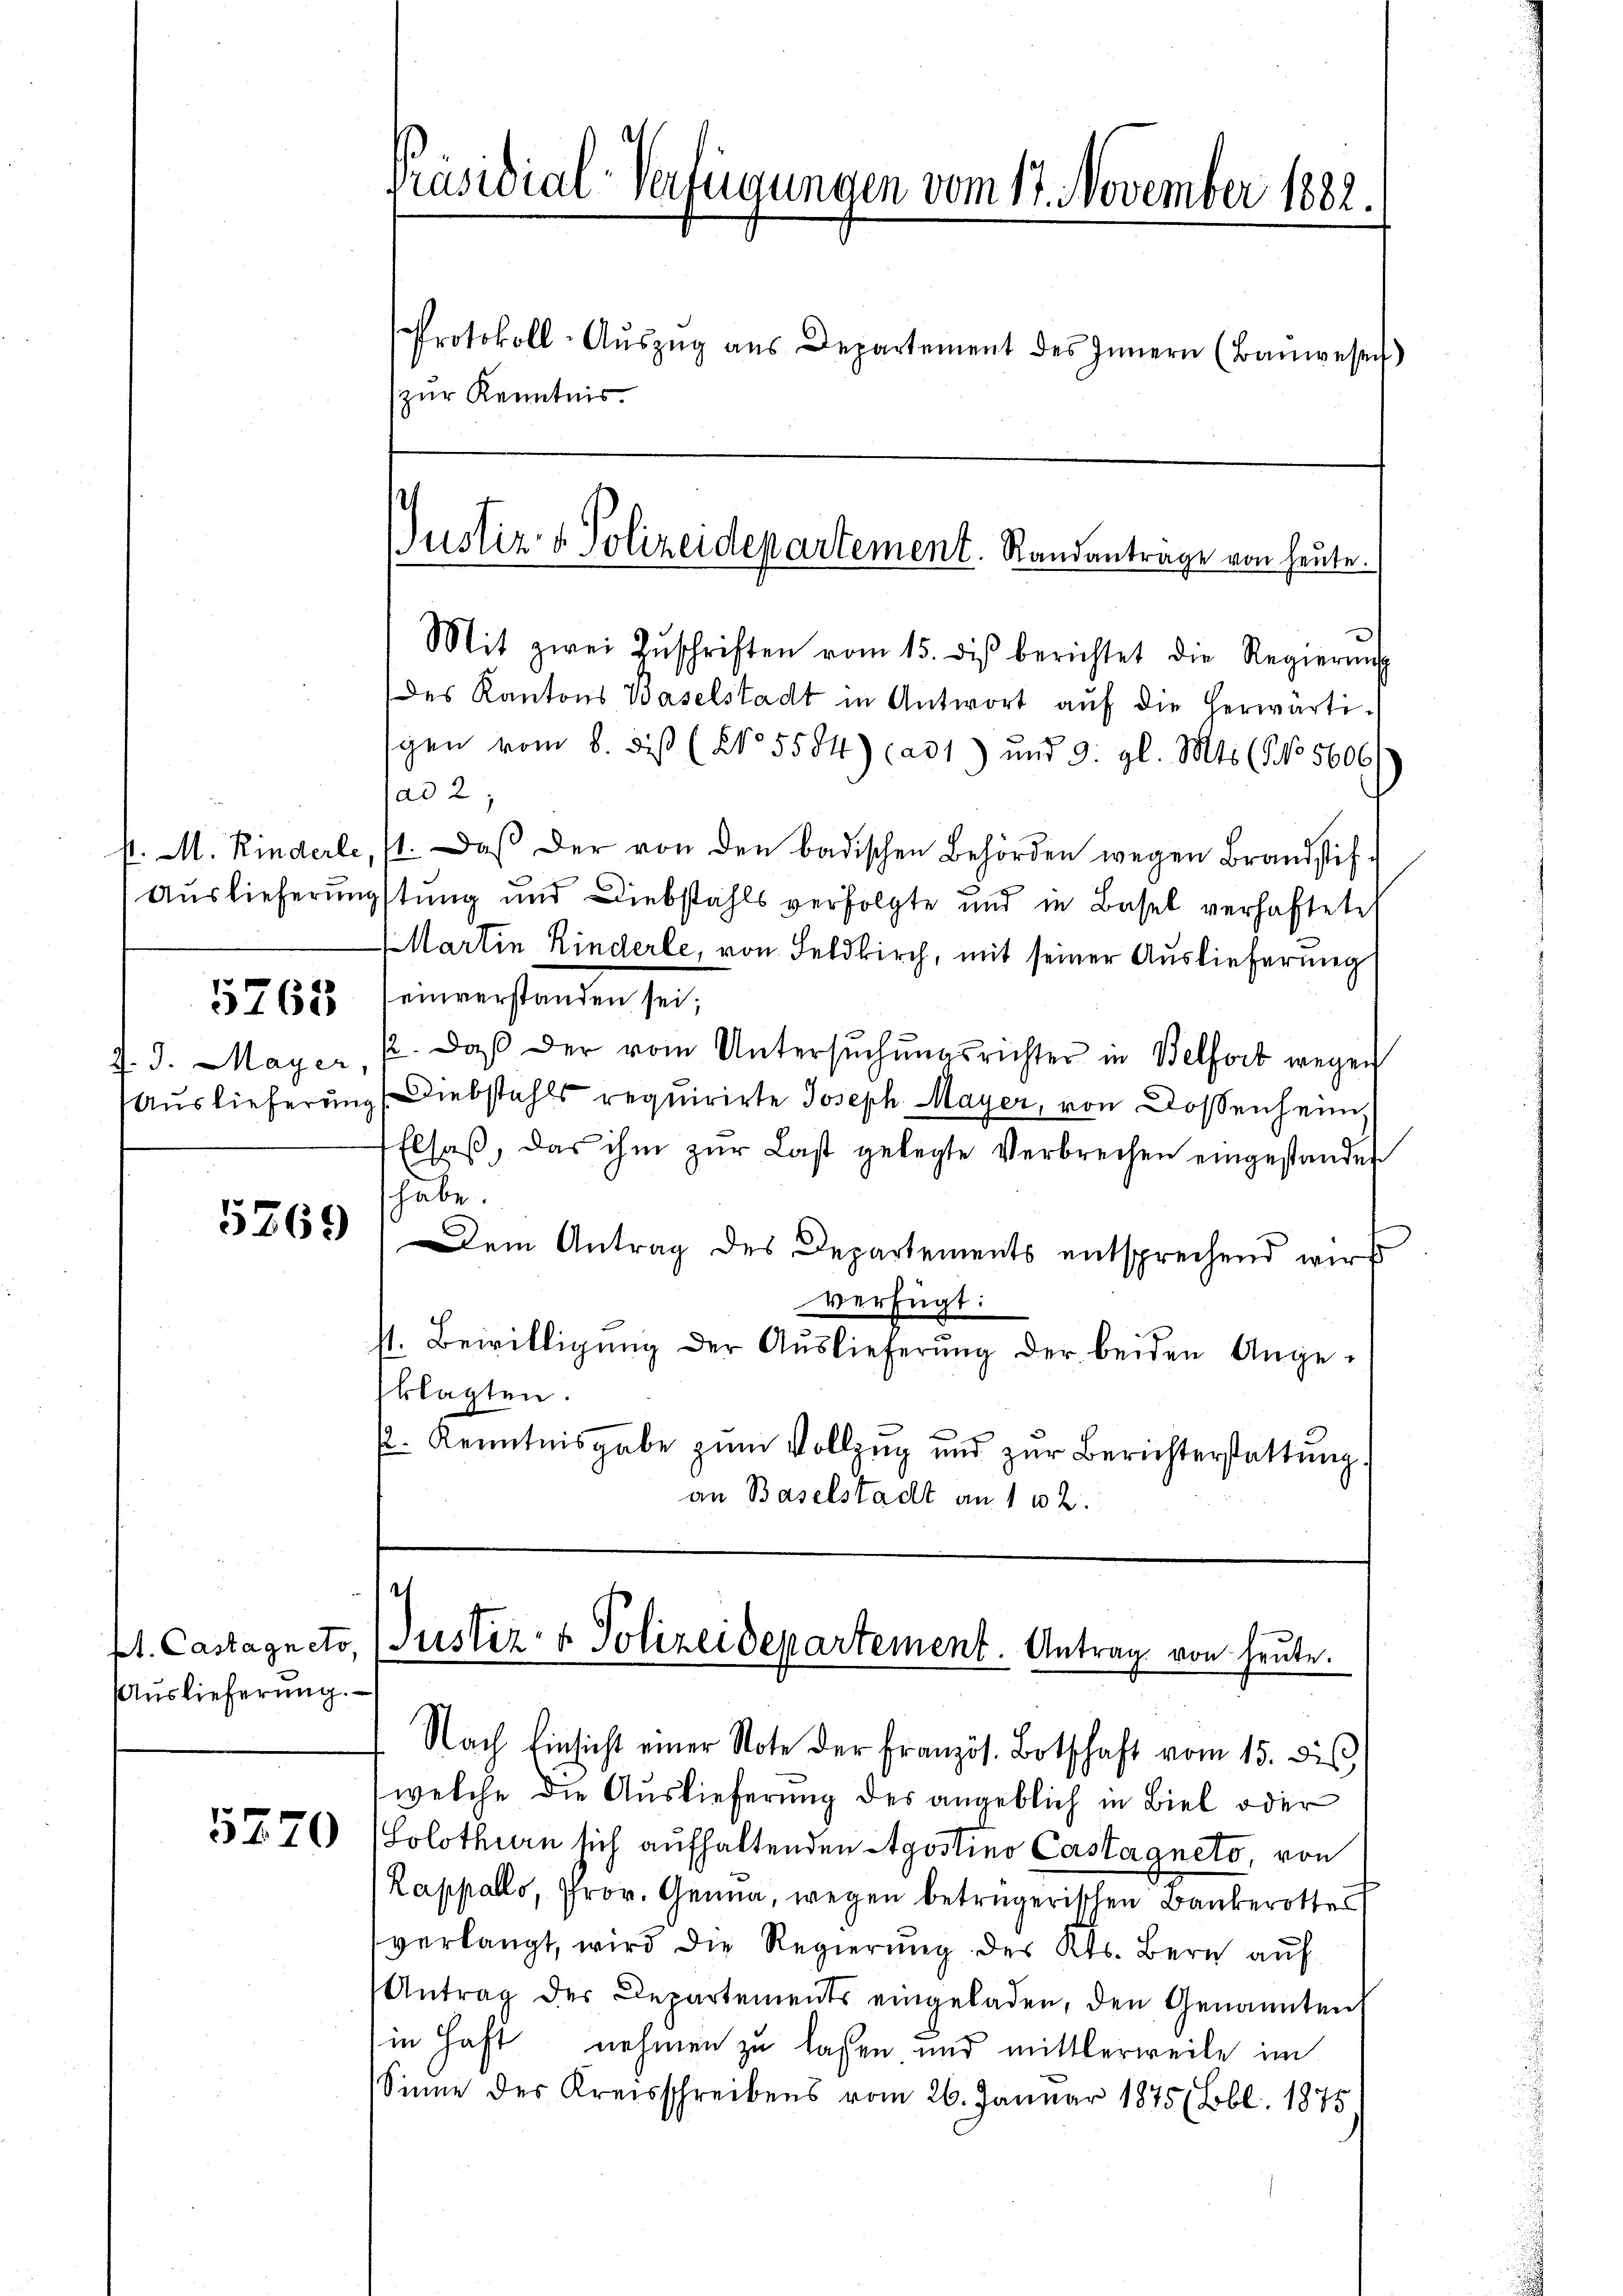
J. Mayer.

5769

pt. Castagneto,
Auslieferung.

1270

des Kantons Baselstadt in Antwort aŭf die herwärtigen vom 8. diß (No. 5584) ad 1) und 9. gl. Mts. (No 5606
ad 2,
P. M. Rinderle, 11. Daβ der von den badischen Behörden wegen Brandstif-
Auslieferungstung und Diebstahls verfolgte und in Basel verhaftete
Martin Kinderle, von Feldkirch, mit seiner Auslieferung
357688 einverstanden sei;
12. Daß der vom Untersuchungsrichter in Belfort wegen
Auslieferung (Diebstahls requirirte Joseph Mayer, von Dossenheim,
Elsaß, das ihm zur Last gelegte Verbrechen eingestander
habe.
Dem Antrag des Departements entsprechend wir
verfügt:
st. Bewilligŭng der Auslieferŭng der beiden Ange-
klagten.
. Kenntnisgabe zum Vollzug und zur Berichterstattung
an Baselstadt an 1 u 2.

Präsidial-Verfügungen vom 17. November 1882.
Protokoll-Aŭszŭg aŭs Departement des Innern (Baŭwesen
zur Kenntnis.

Justiz- & Polizeidepartement. Standantrage von heute.
Mit zwei Zŭschriften vom 15. des berichtet die Regierung

¬
Justiz- & Polizeidepartement. Antrag von heute.

Nach Einsicht einer Note der Französ. Botschaft vom 15. dis
welche die Auslieferung des angeblich in Biel oder
Solothurn sich aufhaltenden Agostino Castagneto, von
Kappello, Prov. Genua, wegen betrügerischen Bankerottes
verlangt, wird die Regierŭng des Kts. Bern aŭf
Antrag der Departements eingeladen, den Genanntent
in Haft nehmen zu lassen und mittlerweile im
Sinne des Kreisschreibens vom 26. Januar 1875 Lbl. 1875